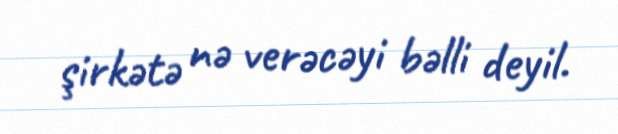
şirkətə nə verəcəyi bəlli deyil.